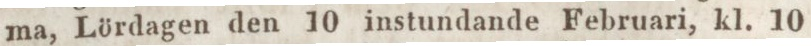
ma, Lördagen den 10 instundande Februari, kl. 10